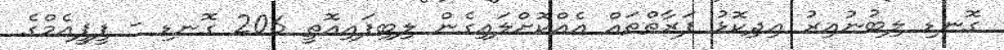
ގޮނޑި ލިބުނުއިރު އިދިކޮޅު ފަރާތްތައް އެއްކޮށްލައިގެން ލިބިފައިއޮތީ 206 ގޮނޑި - ޕީޕީއެމްގެ